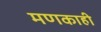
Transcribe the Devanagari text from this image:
मणकाही